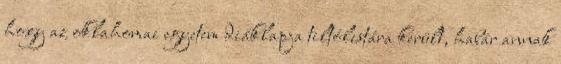
hogy az oklahomai egyetem diáklapja tiltólistára került, habár annak